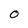
Character: o